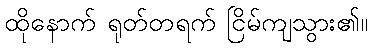
ထိုနောက် ရုတ်တရက် ငြိမ်ကျသွား၏။